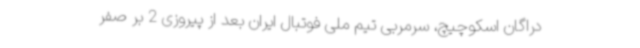
دراگان اسکوچیچ، سرمربی تیم ملی فوتبال ایران بعد از پیروزی 2 بر صفر